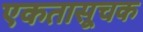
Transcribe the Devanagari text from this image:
एकतासूचक